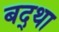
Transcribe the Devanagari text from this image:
बद्था